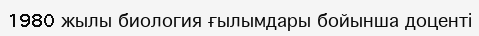
1980 жылы биология ғылымдары бойынша доценті